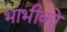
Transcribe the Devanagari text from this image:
भाभीको